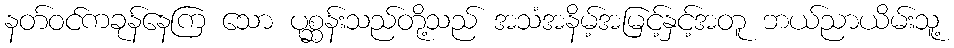
နတ်ဝင်ကခုန်နေကြ သော ပုစ္ဆန်းသည်တို့သည် အသံအနိမ့်အမြင့်နှင့်အတူ ဘယ်ညာယိမ်းသူ့